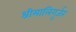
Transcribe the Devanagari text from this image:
श्रीमालिगुर्जर